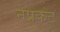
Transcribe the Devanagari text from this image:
नेप्रकट